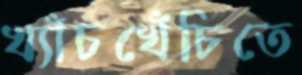
খ্যাঁচখেঁচিতে